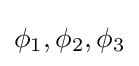
\phi _{1},\phi _{2},\phi _{3}